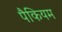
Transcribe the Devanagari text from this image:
पैकियम